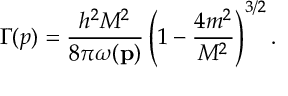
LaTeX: \Gamma ( p ) = \frac { h ^ { 2 } M ^ { 2 } } { 8 \pi \omega ( \bf p ) } \left( 1 - \frac { 4 m ^ { 2 } } { M ^ { 2 } } \right) ^ { 3 / 2 } .